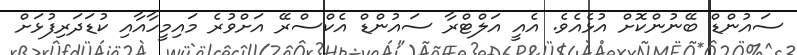
ސައުންޑް ބޭނުންކޮށް އުޅެއެވެ. އެއީ އަލްޓްރާ ސައުންޑް އެކްސްރޭ އަށްވުރެ މައިމީހާއާއި ކުޑަދަރިފުޅަށް